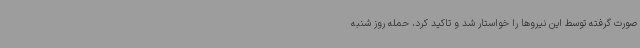
صورت گرفته توسط این نیروها را خواستار شد و تاکید کرد، حمله روز شنبه